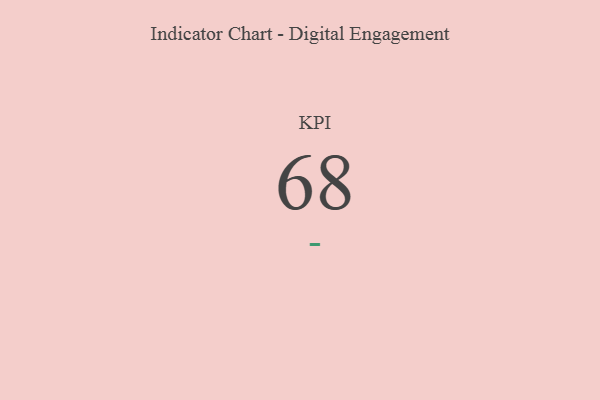
{"axis": {"x": "KPI", "y": "Value"}, "legend": [""], "data": [{"x": "KPI", "y": 68, "type": ""}]}